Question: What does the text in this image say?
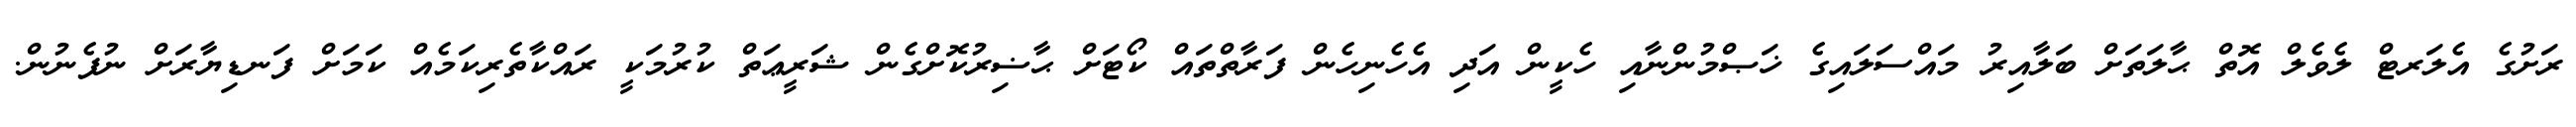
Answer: ރަށުގެ އެލަރޓް ލެވެލް އޮތް ޙާލަތަށް ބަލާއިރު މައްސަލައިގެ ޚަޞްމުންނާއި ހެކީން އަދި އެހެނިހެން ފަރާތްތައް ކޯޓަށް ޙާޟިރުކޮށްގެން ޝަރީޢަތް ކުރުމަކީ ރައްކާތެރިކަމެއް ކަމަށް ފަނޑިޔާރަށް ނުފެނުން.